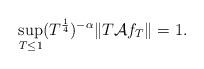
LaTeX: \begin{align*}\displaystyle\sup_{T \leq 1}(T^{\frac{1}{4}})^{- \alpha } \| T \mathcal{A} f_T \| = 1.\end{align*}